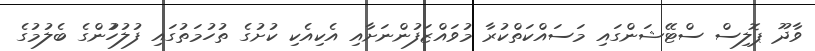
ވާދޫ ޕޮލިސް ސްޓޭޝަންގައި މަސައްކަތްކުރާ މުވައްޒަފުންނަށާއި އެކިއެކި ކުށުގެ ތުހުމަތުގައި ފުލުހުުންގެ ބެލުމުގެ